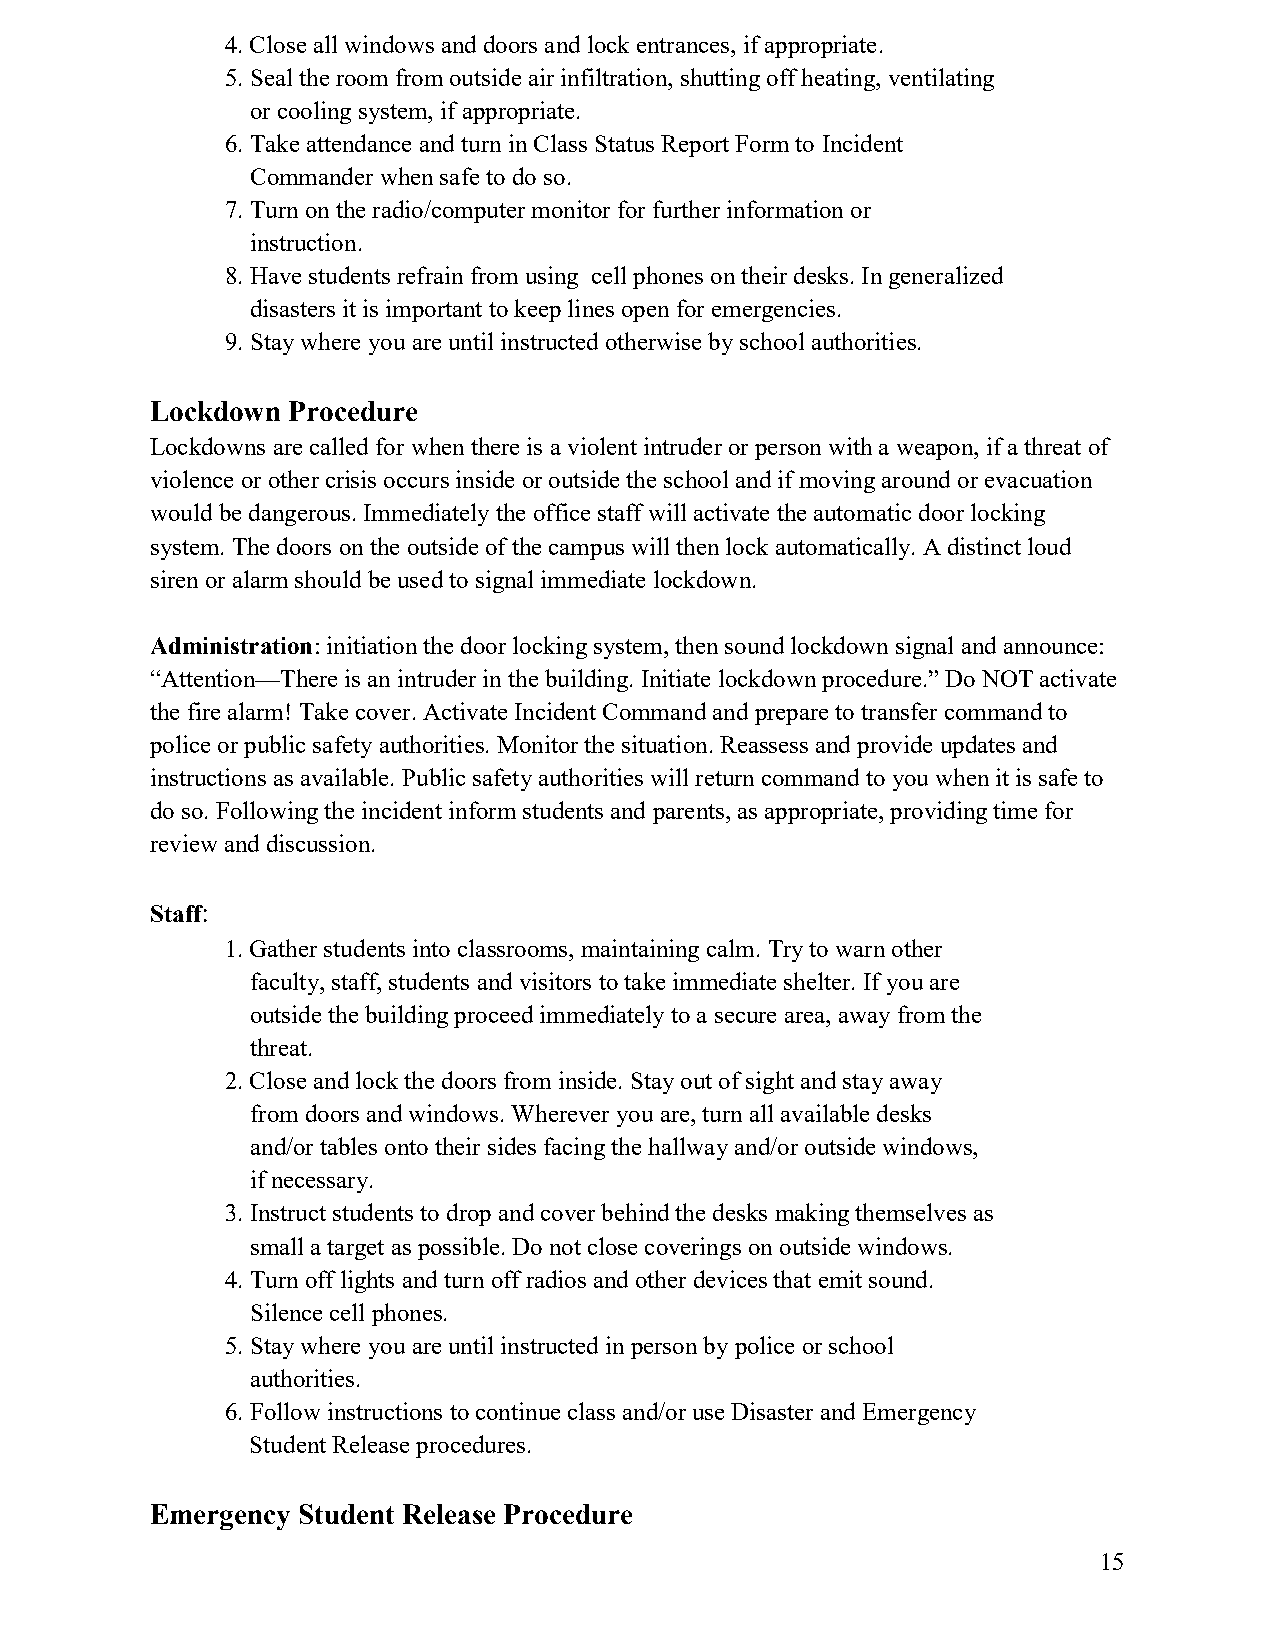
4. Close all windows and doors and lock entrances, if appropriate.
 5. Seal the room from outside air infiltration, shutting off heating, ventilating
 or cooling system, if appropriate.
 6. Take attendance and turn in Class Status Report Form to Incident
 Commander when safe to do so.
 7. Turn on the radio/computer monitor for further information or
 instruction.
 8. Have students refrain from using cell phones on their desks. In generalized
 disasters it is important to keep lines open for emergencies.
 9. Stay where you are until instructed otherwise by school authorities.
 Lockdown Procedure
 Lockdowns are called for when there is a violent intruder or person with a weapon, if a threat of
 violence or other crisis occurs inside or outside the school and if moving around or evacuation
 would be dangerous. Immediately the office staff will activate the automatic door locking
 system. The doors on the outside of the campus will then lock automatically. A distinct loud
 siren or alarm should be used to signal immediate lockdown.
 Administration: initiation the door locking system, then sound lockdown signal and announce:
 “Attention—There is an intruder in the building. Initiate lockdown procedure.” Do NOT activate
 the fire alarm! Take cover. Activate Incident Command and prepare to transfer command to
 police or public safety authorities. Monitor the situation. Reassess and provide updates and
 instructions as available. Public safety authorities will return command to you when it is safe to
 do so. Following the incident inform students and parents, as appropriate, providing time for
 review and discussion.
 Staff:
 1. Gather students into classrooms, maintaining calm. Try to warn other
 faculty, staff, students and visitors to take immediate shelter. If you are
 outside the building proceed immediately to a secure area, away from the
 threat.
 2. Close and lock the doors from inside. Stay out of sight and stay away
 from doors and windows. Wherever you are, turn all available desks
 and/or tables onto their sides facing the hallway and/or outside windows,
 if necessary.
 3. Instruct students to drop and cover behind the desks making themselves as
 small a target as possible. Do not close coverings on outside windows.
 4. Turn off lights and turn off radios and other devices that emit sound.
 Silence cell phones.
 5. Stay where you are until instructed in person by police or school
 authorities.
 6. Follow instructions to continue class and/or use Disaster and Emergency
 Student Release procedures.
 Emergency Student Release Procedure
 15